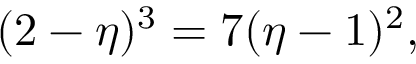
( 2 - \eta ) ^ { 3 } = 7 ( \eta - 1 ) ^ { 2 } ,